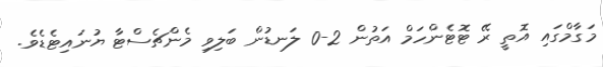
މަގާމްގައި އޮތީ ރޭ ޓޮޓެންހަމް އަތުން 2-0 ލަނޑުން ބަލިވި މެންޗެސްޓާ ޔުނައިޓެޑެވެ.